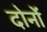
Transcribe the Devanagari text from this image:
दोनोंं